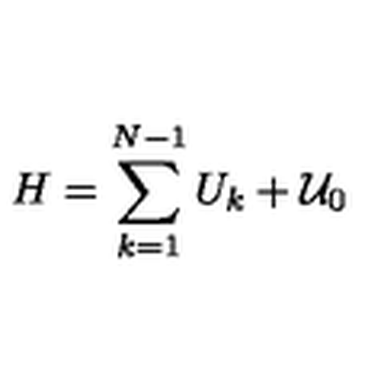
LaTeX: H = \sum _ { k = 1 } ^ { N - 1 } U _ { k } + { \cal U } _ { 0 }